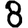
Digit: 8